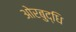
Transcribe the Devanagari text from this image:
ओरबुद्धि